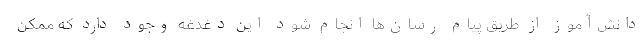
دانش‌آموز از طریق پیام رسان‌ها انجام شود این دغدغه وجود دارد که ممکن